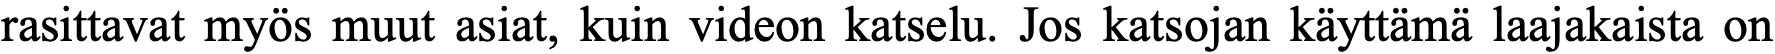
rasittavat myös muut asiat, kuin videon katselu. Jos katsojan käyttämä laajakaista on